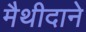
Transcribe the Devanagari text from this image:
मैथीदाने